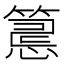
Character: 𥲅